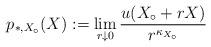
LaTeX: \begin{align*}p_{\ast, X_\circ}(X) := \lim_{r\downarrow 0} \frac{u(X_\circ + rX)}{r^{\kappa_{X_\circ}}}\end{align*}